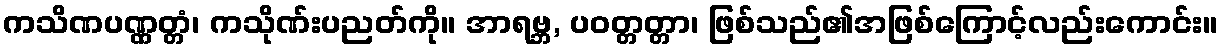
ကသိဏပဏ္ဏတ္တံ၊ ကသိုဏ်းပညတ်ကို။ အာရဗ္ဘ, ပဝတ္တတ္တာ၊ ဖြစ်သည်၏အဖြစ်ကြောင့်လည်းကောင်း။